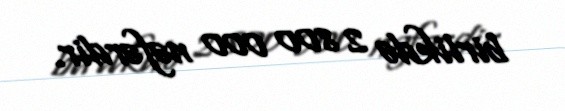
birlikdə 2 800 000 nəfərdir.